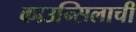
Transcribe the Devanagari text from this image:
काउन्सिलाची